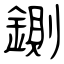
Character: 鍘